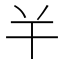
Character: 𢆉